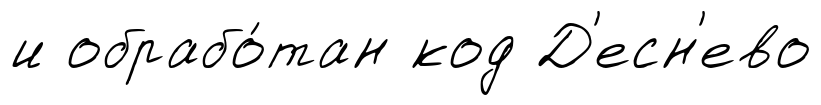
и обрабо́тан код Д'есн'ево